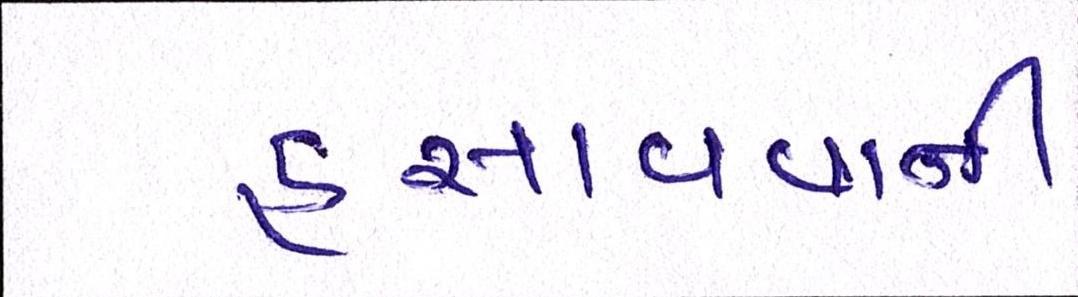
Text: હસાવવાની